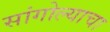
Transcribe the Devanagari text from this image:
सांगोल्याचा